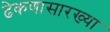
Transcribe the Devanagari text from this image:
ढेकणासारख्या